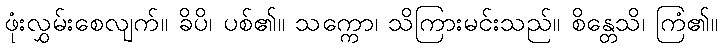
ဖုံးလွှမ်းစေလျက်။ ခိပိ၊ ပစ်၏။ သက္ကော၊ သိကြားမင်းသည်။ စိန္တေသိ၊ ကြံ၏။